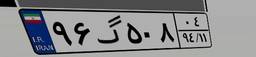
۳۹گ۲۰۴۸۳